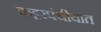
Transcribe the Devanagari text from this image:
कट्टरपंथीयांत